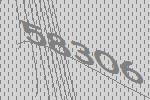
58306